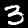
Label: 3